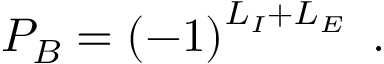
P _ { B } = \left( - 1 \right) ^ { L _ { I } + L _ { E } } \ .